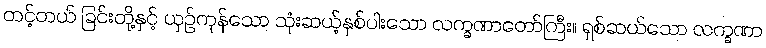
တင့်တယ် ခြင်းတို့နှင့် ယှဉ်ကုန်သော သုံးဆယ့်နှစ်ပါးသော လက္ခဏာတော်ကြီး။ ရှစ်ဆယ်သော လက္ခဏာ